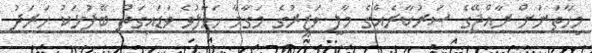
މިހާތަނަށް ރާއްޖޭގެ ސަރުކާރެއްގެ މާލީ ވަޒީރުގެ މަގާމާ ހަވާލުވެ ވަޑައިގަތް ބޭފުޅަކު ހަރަދު